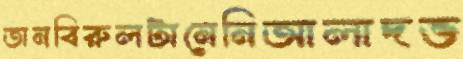
তানবিরুলটানেনিআলাদভ